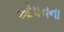
ઓપનના